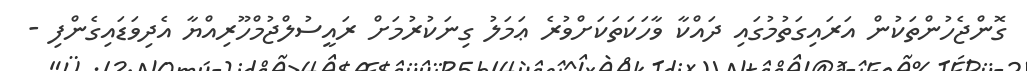
ގޮންޖެހުންތަކުން އަރައިގަތުމުގައި ދައްކާ ވާހަކަތަކަށްވުރެ ޢަމަލު ގިނަކުރުމަށް ރައީސުލްޖުމްހޫރިއްޔާ އެދިވަޑައިގެންފި -